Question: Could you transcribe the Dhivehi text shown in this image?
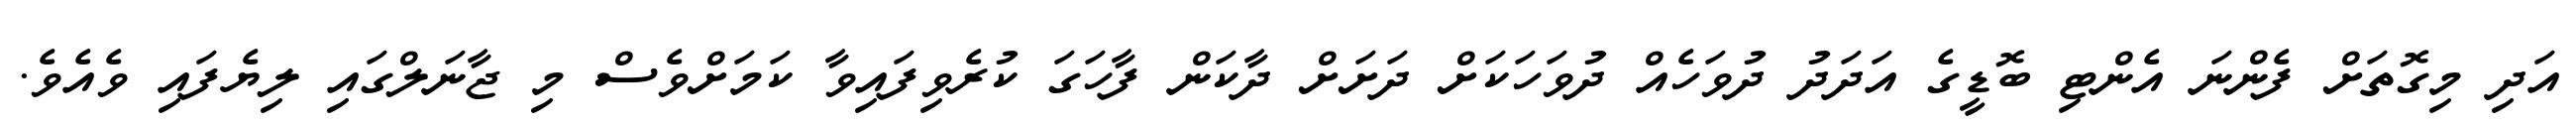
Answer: އަދި މިގޮތަށް ފެންނަ އެންޓި ބޮޑީގެ އަދަދު ދުވަހެއް ދުވަހަކަށް ދަށަށް ދާކަން ފާހަގަ ކުރެވިފައިވާ ކަމަށްވެސް މި ޖާނަލްގައި ލިޔެފައި ވެއެވެ.